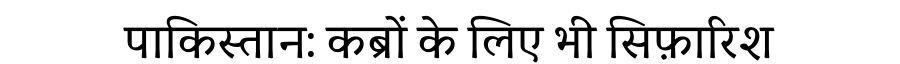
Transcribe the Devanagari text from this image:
पाकिस्तान: कब्रों के लिए भी सिफ़ारिश